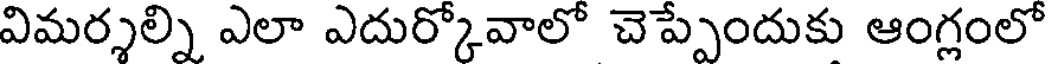
విమర్శల్ని ఎలా ఎదుర్కోవాలో చెప్పేందుకు ఆంగ్లంలో